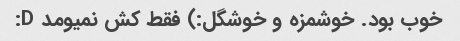
خوب بود. خوشمزه و خوشگل:) فقط کش نمیومد D: